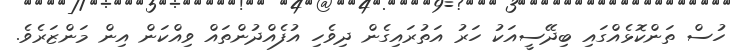
ހުސް ތަންކޮޅެއްގައި ބިދޭސީއަކު ހަރު އަތުރައިގެން ދިވެހި އުފެއްދުންތައް ވިއްކަން އިން މަންޒަރެވެ.